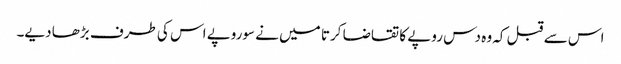
اس سے قبل کہ وہ دس روپے کا تقاضا کرتا میں نے سوروپے اس کی طرف بڑھا دیے۔